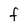
Character: F